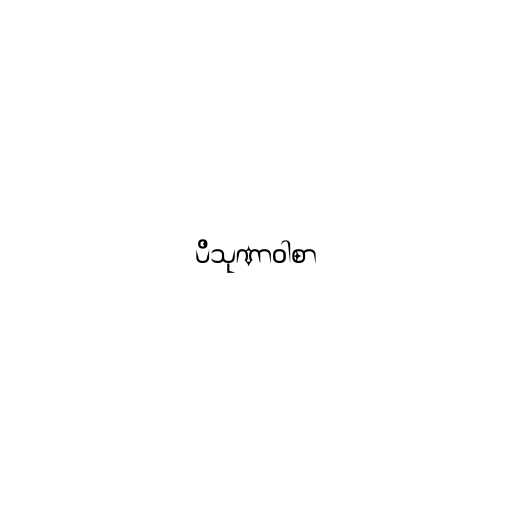
ပိသုဏာဝါစာ